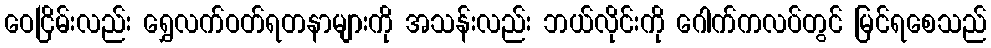
ဝေငြိမ်းလည်း ရွှေလက်ဝတ်ရတနာများကို အသန်းလည်း ဘယ်လိုင်းကို ဂေါက်ကလပ်တွင် မြင်ရစေသည်